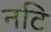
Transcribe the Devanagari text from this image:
नटि